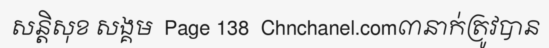
សន្តិសុខ សង្គម  Page 138  Chnchanel.com៣នាក់ត្រូវបាន